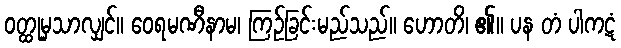
ဝတ္ထုမှသာလျှင်။ ဝေရမဏီနာမ၊ ကြဉ်ခြင်းမည်သည်။ ဟောတိ၊ ၏။ ပန တံ ပါကဋံ